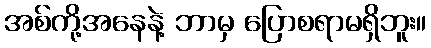
အစ်ကို့အနေနဲ့ ဘာမှ ပြောစရာမရှိဘူး။